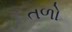
તળો